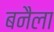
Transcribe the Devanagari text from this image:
बनैला